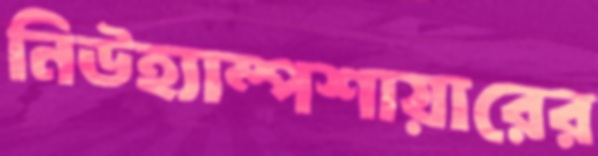
নিউহ্যাম্পশায়ারের